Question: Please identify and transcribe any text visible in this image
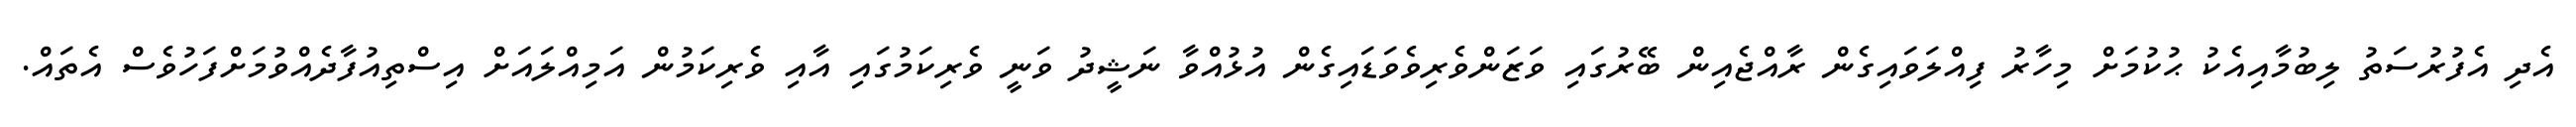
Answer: އެދި އެފުރުސަތު ލިބުމާއިއެކު ޙުކުމަށް މިހާރު ފިއްލަވައިގެން ރާއްޖެއިން ބޭރުގައި ވަޒަންވެރިވެވަޑައިގެން އުޅުއްވާ ނަޝީދު ވަނީ ވެރިކަމުގައި އާއި ވެރިކަމުން އަމިއްލައަށް އިސްތިއުފާދެއްވުމަށްފަހުވެސް އެތައް.